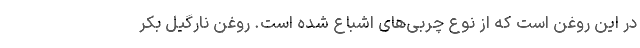
در این روغن است که از نوع چربی‌های اشباع شده است. روغن نارگیل بکر